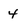
Character: 4